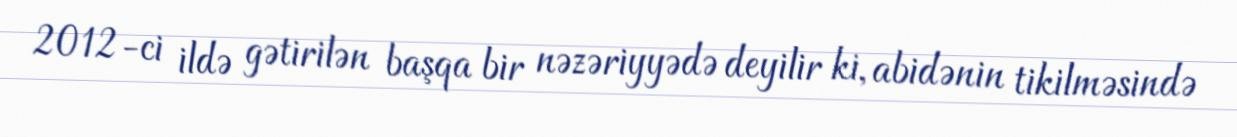
2012-ci ildə gətirilən başqa bir nəzəriyyədə deyilir ki, abidənin tikilməsində